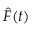
\hat { F } ( t )